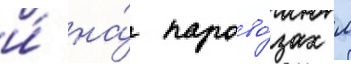
и́ на́ парово́зах л